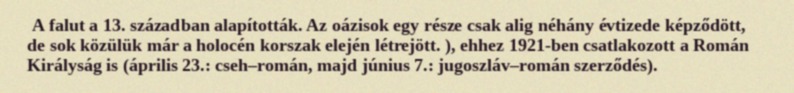
A falut a 13. században alapították. Az oázisok egy része csak alig néhány évtizede képződött, de sok közülük már a holocén korszak elején létrejött. ), ehhez 1921-ben csatlakozott a Román Királyság is (április 23.: cseh–román, majd június 7.: jugoszláv–román szerződés).